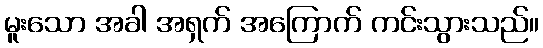
မူးသော အခါ အရှက် အကြောက် ကင်းသွားသည်။